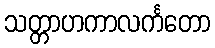
သတ္တာဟကာလင်္ကတော